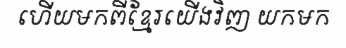
ហើយមកពីខ្មែរយើងវិញ យកមក